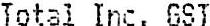
TOTAL INC. GST